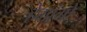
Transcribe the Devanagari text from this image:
हेमांगो